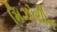
મિઝોરીોન